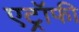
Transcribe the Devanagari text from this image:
एट्रॉफी